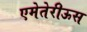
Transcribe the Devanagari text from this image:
एमेतेरीऊस